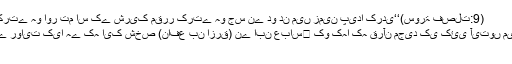
کہ کیا تم اس (اللہ) کا انکار کرتے ہو اور تم اس کے شریک مقرر کرتے ہو جس نے دو دن میں زمین پیدا کردی‘‘(سورۃ فصلت:9)
کےتحت سعید بن جبیر﷜ سے روایت کیا ہے کہ ایک شخص (نافع بن ازرق) نے ابن عباس﷜ کو کہا کہ قرآن مجید کی کئی آیتوں میں مجھے تعارض معلوم ہوتا ہے:
1۔